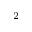
^ \mathrm { 2 }